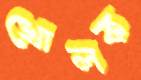
খোলক